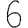
Digit: 6